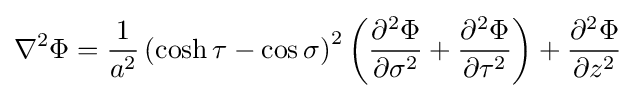
\nabla ^{2}\Phi ={\frac {1}{a^{2}}}\left(\cosh \tau -\cos \sigma \right)^{2}\left({\frac {\partial ^{2}\Phi }{\partial \sigma ^{2}}}+{\frac {\partial ^{2}\Phi }{\partial \tau ^{2}}}\right)+{\frac {\partial ^{2}\Phi }{\partial z^{2}}}